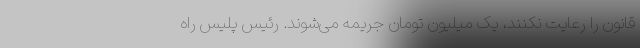
قانون را رعایت نکنند، یک میلیون تومان جریمه می‌شوند. رئیس پلیس راه